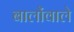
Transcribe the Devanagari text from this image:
बालोंवाले